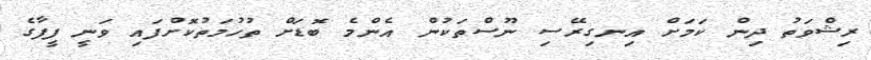
ރިޝްވަތު ދިން ކަމަށް އިނގިރޭސި ނޫސްތަކުން އެންމެ ބޮޑަށް ތުހުމަތުކޮށްފައި ވަނީ ފީފާގެ